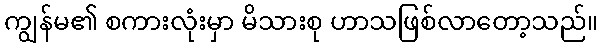
ကျွန်မ၏ စကားလုံးမှာ မိသားစု ဟာသဖြစ်လာတော့သည်။